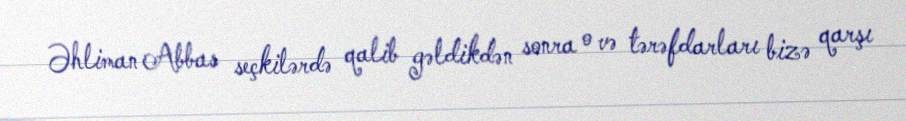
Əhliman Abbas seçkilərdə qalib gəldikdən sonra o və tərəfdarları bizə qarşı